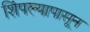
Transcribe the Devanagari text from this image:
शिंपल्यापासून